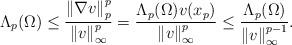
LaTeX: \begin{align*}\Lambda_{p}(\Omega)\leq\frac{\left\Vert \nabla v\right\Vert _{p}^{p}}{\left\Vert v\right\Vert _{\infty}^{p}}=\frac{\Lambda_{p}(\Omega)v(x_{p})}{\left\Vert v\right\Vert _{\infty}^{p}}\leq\frac{\Lambda_{p}(\Omega)}{\left\Vert v\right\Vert _{\infty}^{p-1}}. \end{align*}